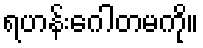
ရဟန်းဂေါတမကို။